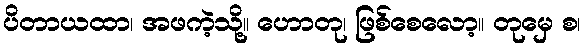
ပိတာယထာ၊ အဖကဲ့သို့။ ဟောတု၊ ဖြစ်စေလော့။ တုမှေ စ၊